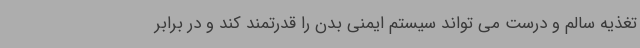
تغذیه سالم و درست می تواند سیستم ایمنی بدن را قدرتمند کند و در برابر